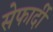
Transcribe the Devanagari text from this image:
सेफार्दी